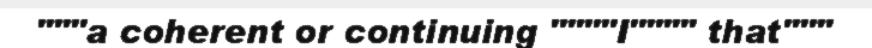
"""a coherent or continuing """"I"""" that"""